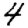
Digit: 4